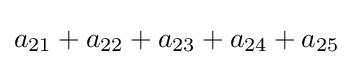
a_{21}+a_{22}+a_{23}+a_{24}+a_{25}